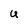
Character: U